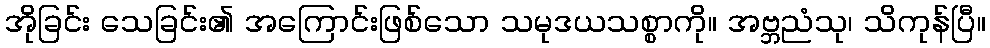
အိုခြင်း သေခြင်း၏ အကြောင်းဖြစ်သော သမုဒယသစ္စာကို။ အဗ္ဘညံသု၊ သိကုန်ပြီ။